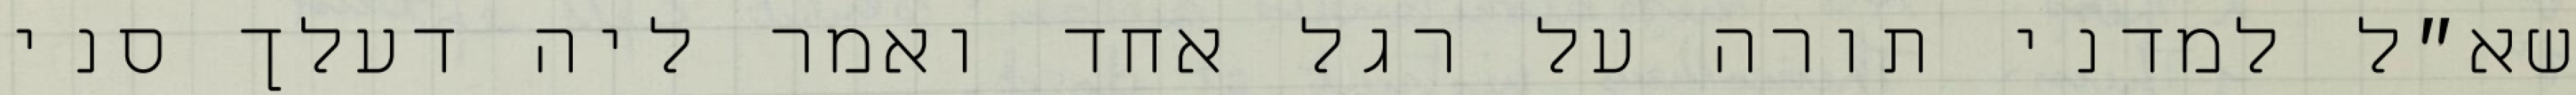
שא״ל למדני תורה על רגל אחד ואמר ליה דעלך סני